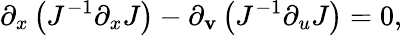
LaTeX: \partial_{x}\left(J^{-1}\partial_{x}J\right)-\partial_{\mathbf{v}}\left(J^{-1}\partial_{u}J\right)=0,